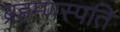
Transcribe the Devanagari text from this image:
ब्रहम्णस्पति